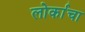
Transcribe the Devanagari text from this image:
लोर्काचा